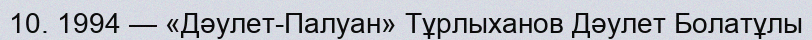
10. 1994 — «Дәулет-Палуан» Тұрлыханов Дәулет Болатұлы